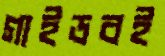
গাইডবই